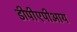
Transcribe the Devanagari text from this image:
डीपीएपीआय